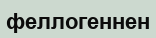
феллогеннен